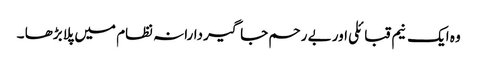
وہ ایک نیم قبائلی اور بے رحم جاگیردارانہ نظام میں پلا بڑھا ۔